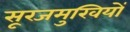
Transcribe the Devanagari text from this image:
सूरजमुखियों